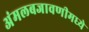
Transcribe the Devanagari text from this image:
अंमलबजावणीमध्ये